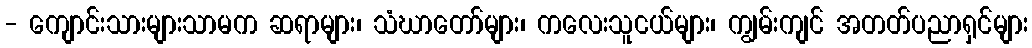
- ကျောင်းသားများသာမက ဆရာများ၊ သံဃာတော်များ၊ ကလေးသူငယ်များ၊ ကျွမ်းကျင် အတတ်ပညာရှင်များ